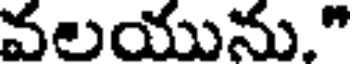
వలయును."